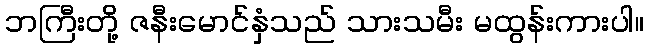
ဘကြီးတို့ ဇနီးမောင်နှံသည် သားသမီး မထွန်းကားပါ။